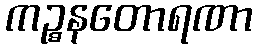
ကဉ္စနတောရဏာ